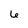
Character: 6